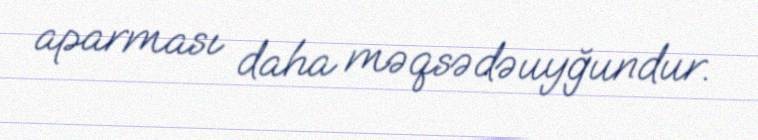
aparması daha məqsədəuyğundur.